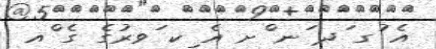
އެ ުގ ަދ ަނ ްށ އެ ިކ ަވރުގެ ގެ ްއ